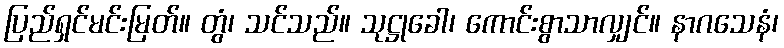
ပြည်ရှင်မင်းမြတ်။ တွံ၊ သင်သည်။ သုဋ္ဌုခေါ၊ ကောင်းစွာသာလျှင်။ နာဂသေနံ၊